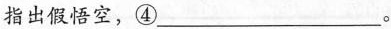
指出假悟空，④___。